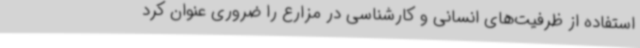
استفاده از ظرفیت‌های انسانی و کارشناسی در مزارع را ضروری عنوان کرد